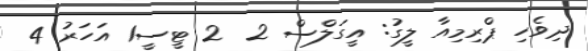
ދިވެހި ޕްރިމިއާ ލީގު: އީގަލްސް 2  2 ޓީސީ1 އަހަރު 4